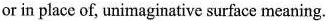
or in place of, unimaginative surface meaning.